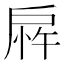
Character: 𫼎